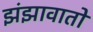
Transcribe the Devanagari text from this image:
झंझावातो